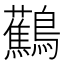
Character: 𬷹